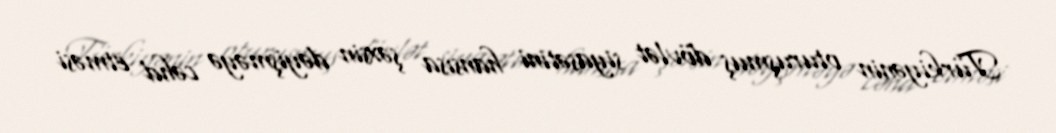
Türkiyənin oturuşmuş dövlət siyasətini hansısa şəxsin dəyişməyə cəhd etməsi